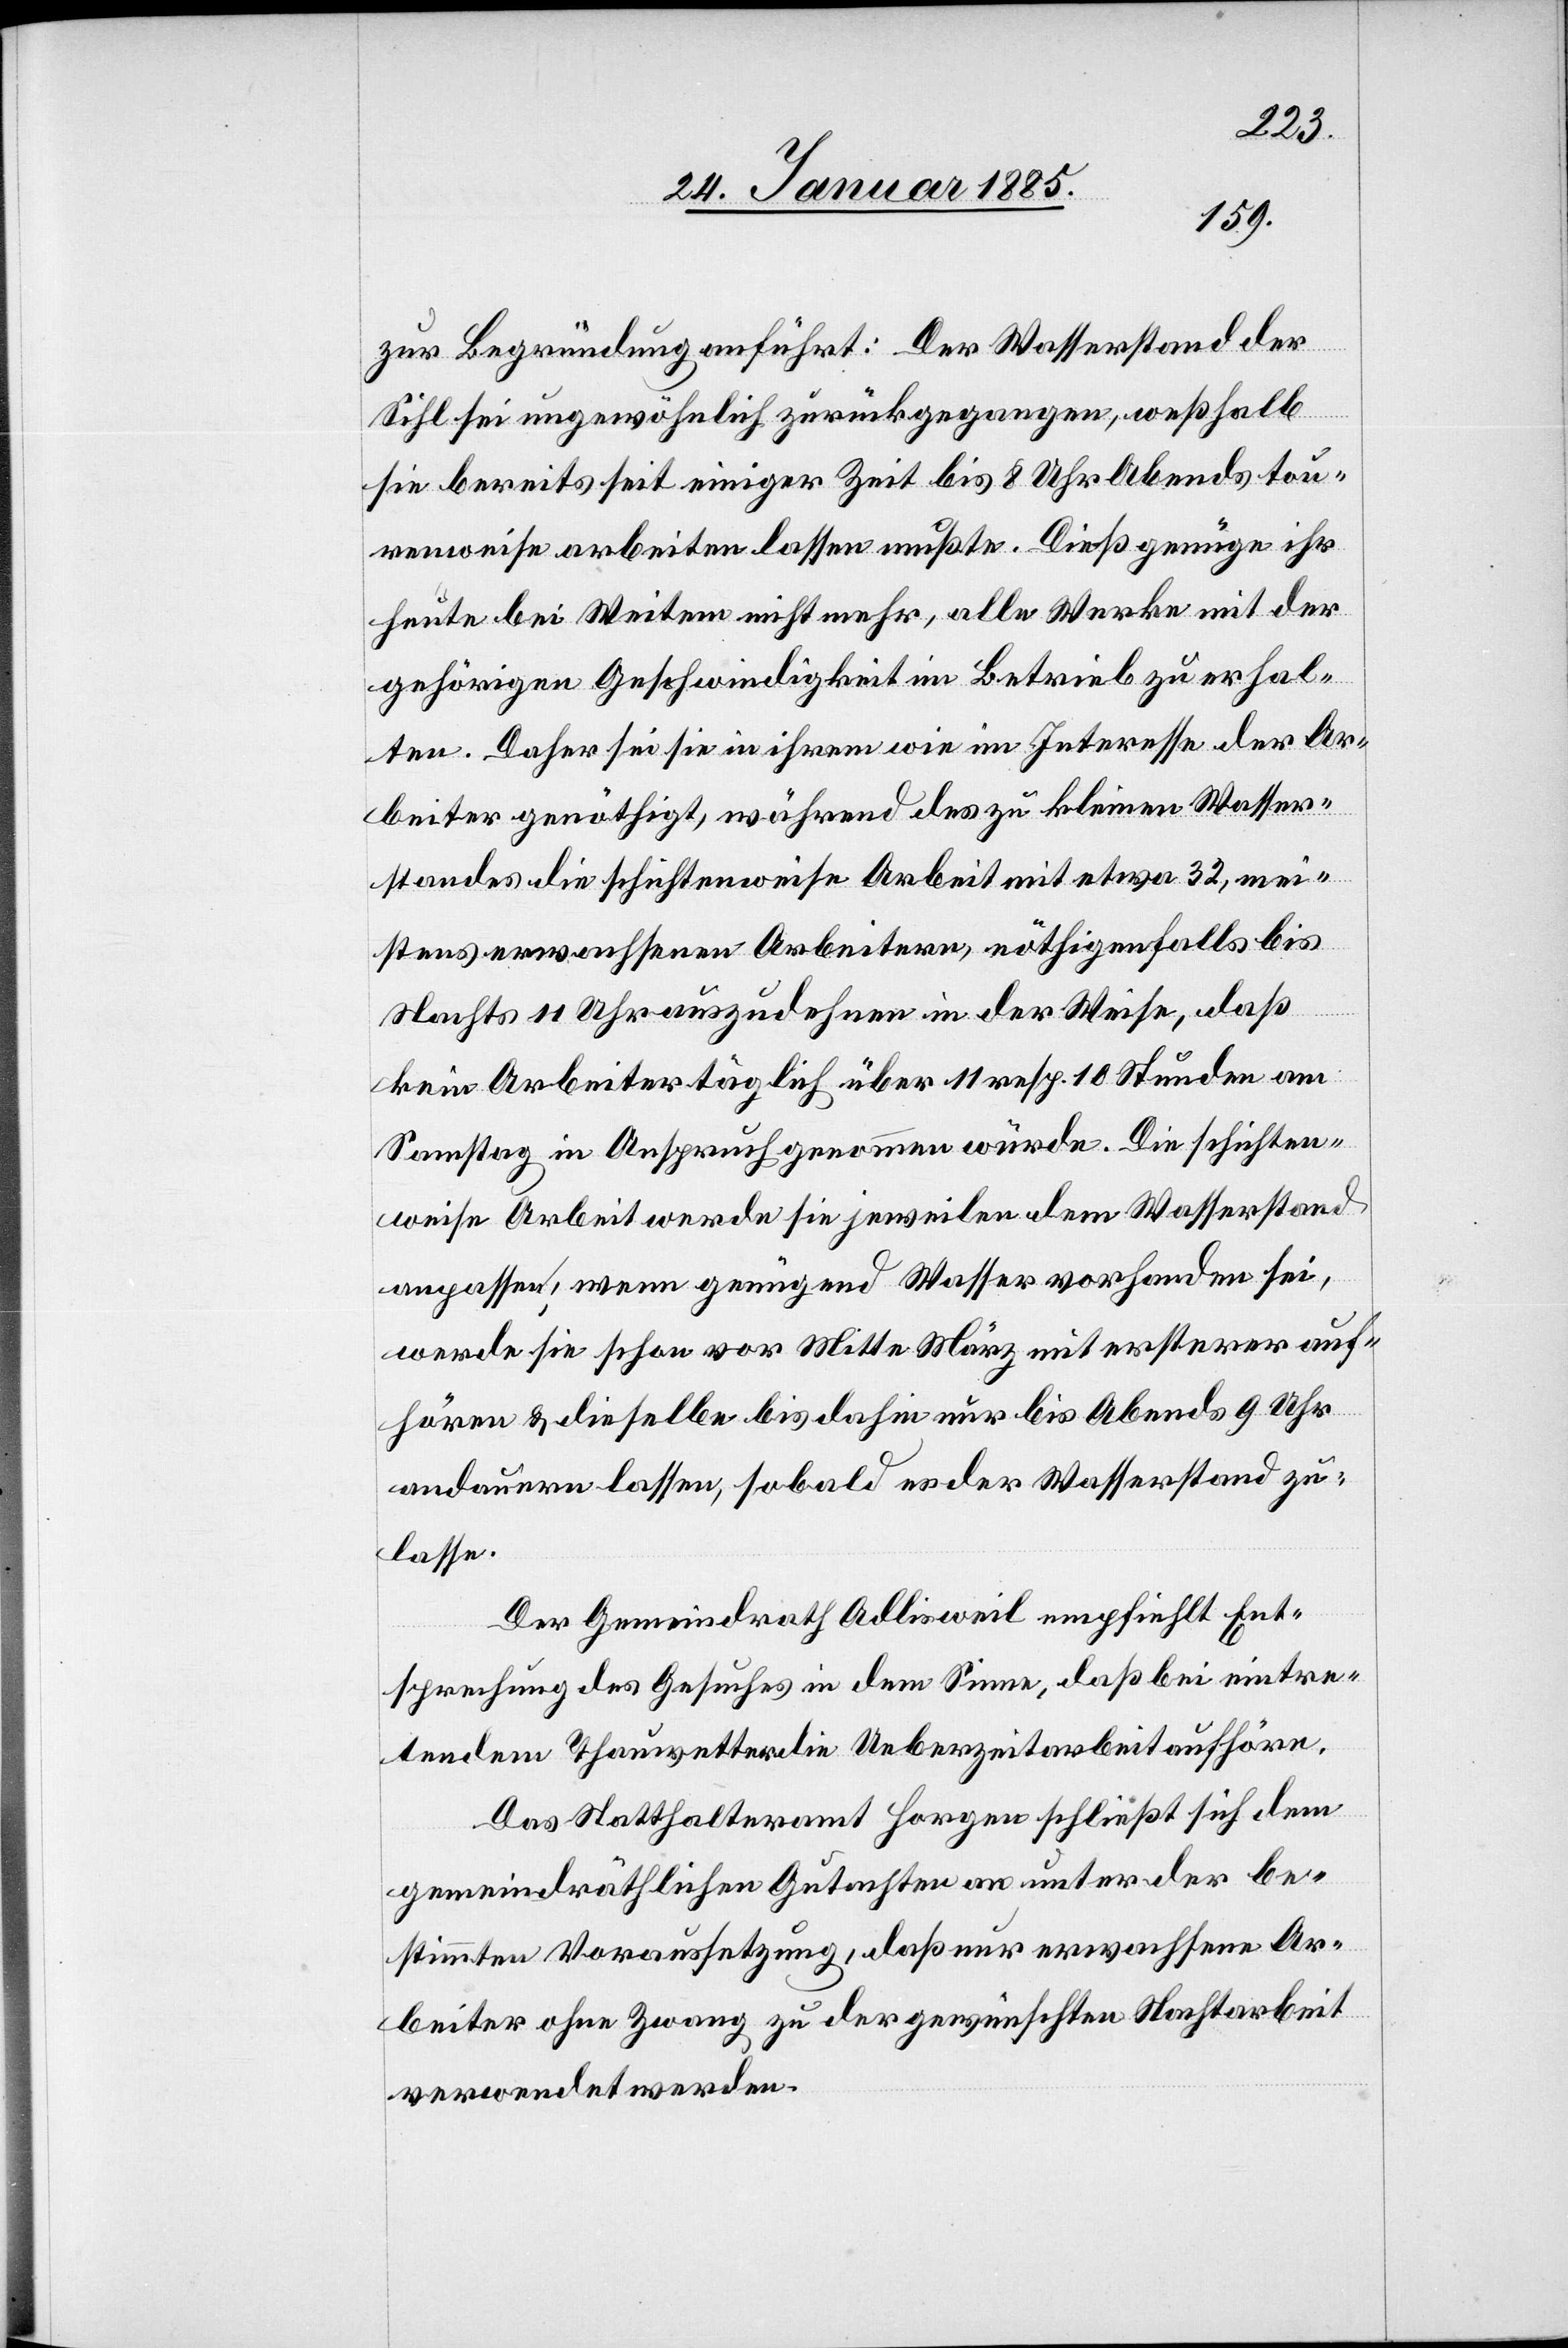
zur Begründung anführt: Der Wasserstand der
Sihl sei ungewöhnlich zurückgegangen, weßhalb
sie bereits seit einiger Zeit bis 8 Uhr Abends tou¬
renweise arbeiten lassen mußte. Dieß genüge ihr
heute bei Weitem nicht mehr, alle Werke mit der
gehörigen Geschwindigkeit im Betrieb zu erhal¬
ten. Daher sei sie in ihrem wie Interesse der Ar¬
beiter genöthigt während des zu kleinen Wasser¬
standes die schichtenweise Arbeit mit etwa 32, mei¬
stens erwachsenen Arbeitern, nöthigenfalls bis
Nachts 11 Uhr auszudehnen in der Weise, daß
kein Arbeiter täglich über 11 resp. 10 Stunden am
Samstag in Anspruch genommen würde. Die schichten¬
weise Arbeit werde sie jeweilen dem Wasserstand
anpassen, wenn genügend Wasser vorhanden sei,
werde sie schon vor Mitte März mit ersterer auf¬
hören & dieselbe bis dahin nur bis Abends 9 Uhr
andauern lassen, sobald es der Wasserstand zu¬
lasse.
Der Gemeindrath Adlisweil empfiehlt Ent¬
sprechung des Gesuches in dem Sinne, daß bei eintre¬
tendem Thauwetter die Ueberzeitarbeit aufhöre.
Das Statthalteramt Horgen schließt sich dem
gemeindräthlichen Gutachten an unter der be¬
stimmten Voraussetzung, daß nur erwachsene Ar¬
beiter ohne Zwang zu der gewünschten Nachtarbeit
verwendet werden.